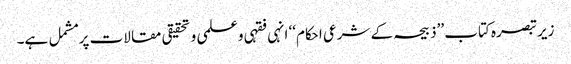
زیر تبصرہ کتاب ’’ذبیحہ کے شرعی احکام‘‘ انہی فقہی وعلمی و تحقیقی مقالات پر مشمل ہے۔